Annual report of the Bengal Veterinary College and of the Civil Veterinary Department, Bengal, for the year 1915-16 - 1915-1916
Year: 1915
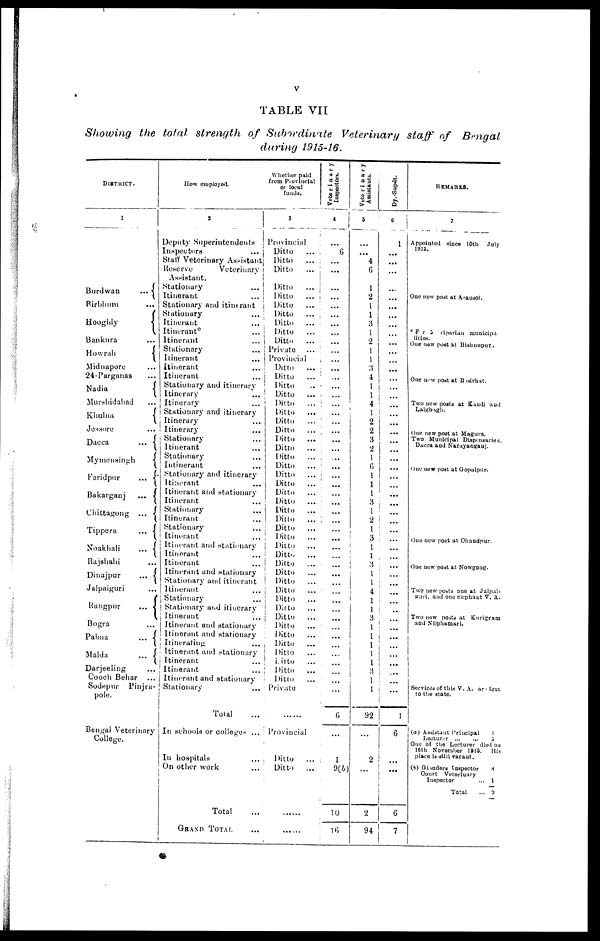
v
TABLE VII
Showing the total strength of Subordinate
Veterinary staff of Bengal
during 1915-16.
DISTRICT.
1
Burdwan
...
Birbhum ...
Hooghly
Bankura ...
Howrah
Midnapore ...
24-Parganas ...
Nadia
Murshidabad ...
Khulna
Jessore ...
Dacca
...
Mymensingh
Faridpur
...
Bakarganj
...
Chittagong ...
Tippera
...
Noakhali
...
Rajshahi ...
Dinajpur
...
Jalpaiguri ...
Rangpur
...
Bogra ...
Pabna
...
Malda
...
Darjeeling ...
Cooch Behar
...
Sodepur
Pinjra-
pole.
Bengal Veterinary
College.
How employed.
2
Deputy Superintendents
Inspectors ...
Staff Veterinary Assistant
Reserve
Veterinary
Assistant.
Stationary
...
Itinerant ...
Stationary and itinerant
Stationary
...
Itinerant
...
Itinerant
...
Itinerant
...
Stationary ...
Itinerant
...
Itinerant ...
Itinerant
Stationary and itinerary
Itinerary ...
Itinerary ...
Stationary and itinerary
Itinerary ...
Itinerary ...
Stationary ...
Itinerant ...
Stationary ...
Intinerant ...
Stationary and itinerary
Itinerant ...
Itinerant and stationary
Itinerant ...
Stationary ...
Itinerant ...
Stationary ...
Itinerant ...
Itinerant and stationary
Itinerant ...
Itinerant ...
Itinerant and stationary
Stationary and itinerant
Itinerant
...
Stationary ...
Stationary and itinerary
Itinerant ...
Itinerant and stationary
Itinerant and stationary
Itinerating ...
Itinerant and stationary
Itinerant ...
Itinerant ...
Itinerant and stationary
Stationary ...
Total ...
In schools or colleges ...
In hospitals ...
On other work ...
Total ...
GRAND TOTAL ...
Whether paid
from Provincial
or local
funds.
3
Provincial
Ditto ...
Ditto ...
Ditto
...
Ditto ...
Ditto ...
Ditto
...
Ditto ...
Ditto ...
Ditto ...
Ditto
...
Private ...
Provincial
Ditto ...
Ditto ...
Ditto ...
Ditto
...
Ditto ...
Ditto
...
Ditto
...
Ditto ...
Ditto
...
Ditto
...
Ditto
...
Ditto
...
Ditto ...
Ditto ...
Ditto
...
Ditto
...
Ditto ...
Ditto ...
Ditto ...
Ditto
...
Ditto
...
Ditto
...
Ditto
...
Ditto
...
Ditto
...
Ditto ...
Ditto ...
Ditto
...
Ditto ...
Ditto
...
Ditto ...
Ditto ...
Ditto ...
Ditto ...
Ditto ...
Ditto ...
Private
......
Provincial
Ditto ...
Ditto ...
......
Veterimary
Inspectors.
4
...
6
...
...
...
...
...
...
...
...
...
...
...
...
...
...
...
...
...
...
...
...
...
...
...
...
...
...
...
...
... ...
...
...
...
...
...
...
...
...
...
...
...
...
...
...
...
...
...
6
...
1
9(b)
10
16
Veterinary
Assistants.
5
...
...
4
6
1
2
1
1
3
1
2
1
1
3
4
1
1
4
1
2
2
3
2
1
6
1
1
1
3
1
2
1
3
1
1
3
1
4
1
1
3
1
1
1
1
1
3
1
1
92
...
2
...
2
94
Dy.-Supdt.
6
|
1
...
...
...
...
...
...
...
...
...
...
...
...
...
...
...
...
...
...
... ...
...
...
...
...
...
...
...
...
...
...
...
... ...
...
...
...
...
...
...
...
...
...
...
...
...
...
...
...
1
6
...
...
6
7
REMARKS
7
Appointed since 10th July
1915.
One new post at Asausol.
F r 5 riparian municipa
lities.
One now post at Bishunpur.
One new post at Basirhat.
Two new posts at Saudi and
Lalgbagh.
One new post at Magura.
Two Municipal Dispensaries.
Dacca and Narayanganj.
One new post at Gopalpur.
One new post at Ohandpur.
One new post at Nowgong.
Two new posts one at Jalpai-
guri, and one elephant V. A.
Two new posts at Kurigram
and Nilphamari.
Services of this V. A. are lout
to the state.
(a) Assistant Principal
Locturer
...
...
3
One of the Lecturer died on
16th November
1915. His
place is still vacant.
(b) Glanders Inspector
8
Court Veterinary
Inspector
... 1
Total
... 9